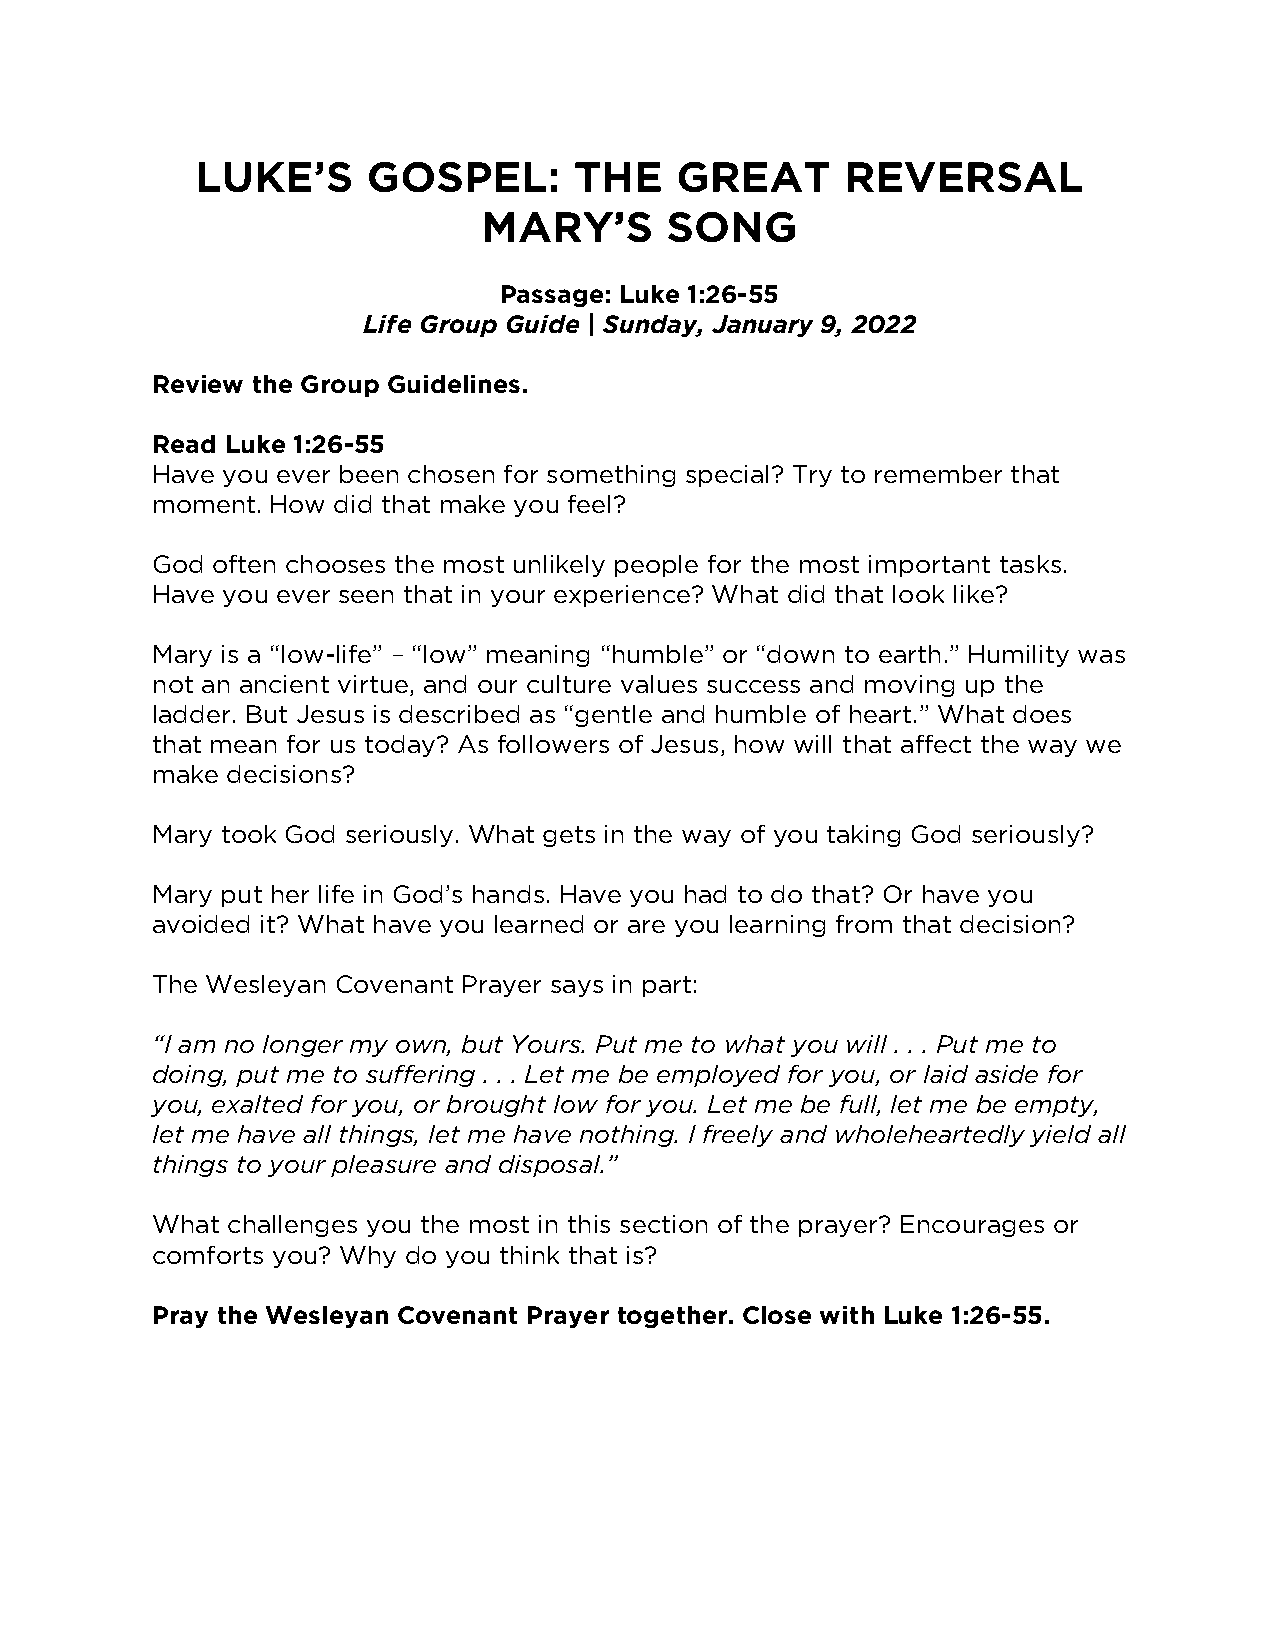
LUKE’S     GOSPEL:       THE    GREAT      REVERSAL
 MARY’S      SONG
 Passage: Luke 1:26-55
 Life Group Guide | Sunday, January 9, 2022
 Review the Group Guidelines.
 Read Luke 1:26-55
 Have you ever been chosen for something special? Try to remember that
 moment. How did that make you feel?
 God often chooses the most unlikely people for the most important tasks.
 Have you ever seen that in your experience? What did that look like?
 Mary is a “low-life” – “low” meaning “humble” or “down to earth.” Humility was
 not an ancient virtue, and our culture values success and moving up the
 ladder. But Jesus is described as “gentle and humble of heart.” What does
 that mean for us today? As followers of Jesus, how will that affect the way we
 make decisions?
 Mary took God seriously. What gets in the way of you taking God seriously?
 Mary put her life in God’s hands. Have you had to do that? Or have you
 avoided it? What have you learned or are you learning from that decision?
 The Wesleyan Covenant Prayer says in part:
 “I am no longer my own, but Yours. Put me to what you will . . . Put me to
 doing, put me to suffering . . . Let me be employed for you, or laid aside for
 you, exalted for you, or brought low for you. Let me be full, let me be empty,
 let me have all things, let me have nothing. I freely and wholeheartedly yield all
 things to your pleasure and disposal.”
 What challenges you the most in this section of the prayer? Encourages or
 comforts you? Why do you think that is?
 Pray the Wesleyan Covenant Prayer together. Close with Luke 1:26-55.